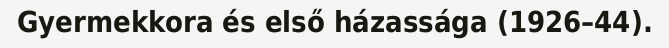
Gyermekkora és első házassága (1926–44).